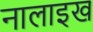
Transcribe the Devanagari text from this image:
नालाइख